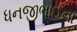
ધનજીભાઈના